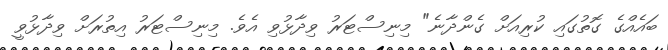
ބައެއްގެ ގޮތުގައި ކުރިއަށް ގެންދާނެ" މިނިސްޓަރު ވިދާޅުވި އެވެ. މިނިސްޓަރު އިތުރަށް ވިދާޅުވީ